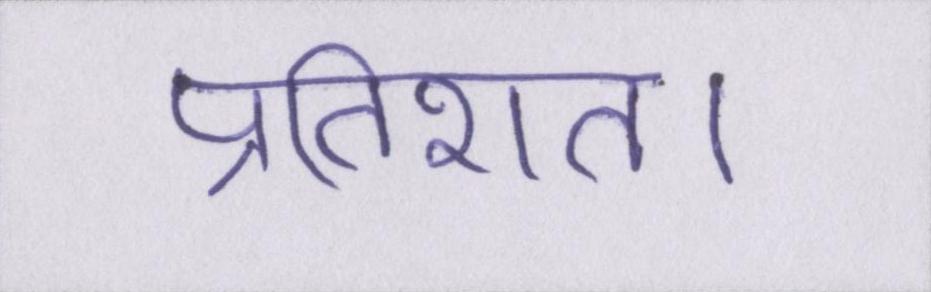
प्रतिशत।